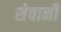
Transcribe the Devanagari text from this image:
सेवानी